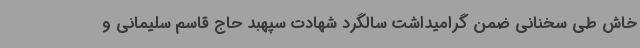
خاش طی سخنانی ضمن گرامیداشت سالگرد شهادت سپهبد حاج قاسم سلیمانی و